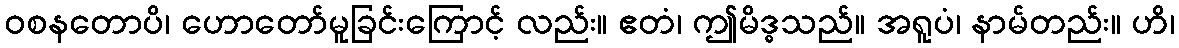
ဝစနတောပိ၊ ဟောတော်မူခြင်းကြောင့် လည်း။ ဧတံ၊ ဤမိဒ္ဓသည်။ အရူပံ၊ နာမ်တည်း။ ဟိ၊